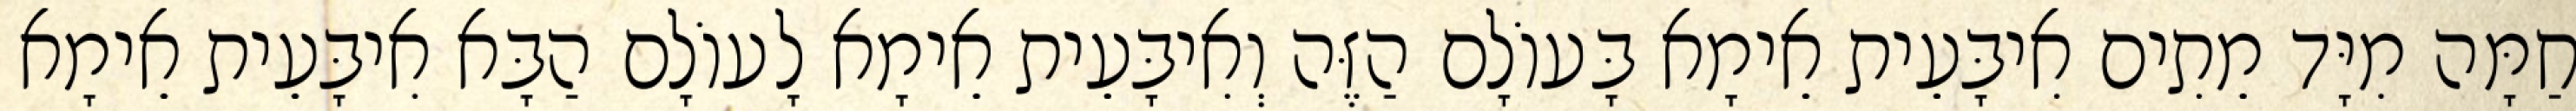
חַמָּה מִיָּד מֵתִים אִיבָּעֵית אֵימָא בָּעוֹלָם הַזֶּה וְאִיבָּעֵית אֵימָא לָעוֹלָם הַבָּא אִיבָּעֵית אֵימָא